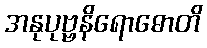
အနုပုဗ္ဗနိရောဓောတိ